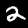
Label: 2